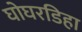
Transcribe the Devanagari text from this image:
घोघरडिहा